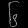
Digit: ၆